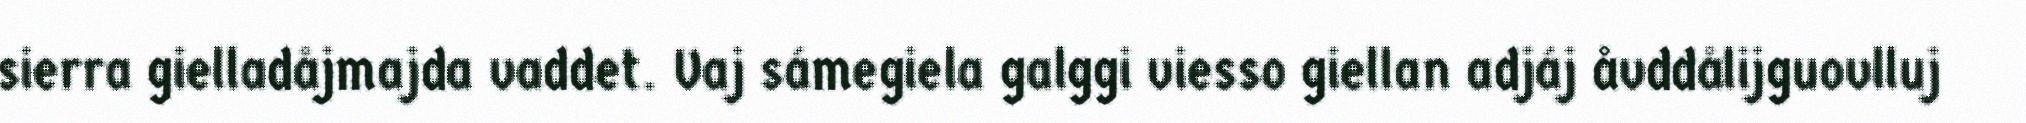
sierra gielladåjmajda vaddet. Vaj sámegiela galggi viesso giellan adjáj åvddålijguovlluj